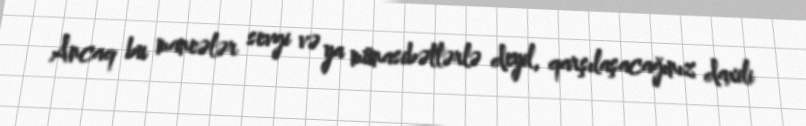
Ancaq bu maneələr sevgi və ya münasibətlərlə deyil, qarşılaşacağınız daxili